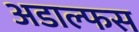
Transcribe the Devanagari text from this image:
अडाल्फस